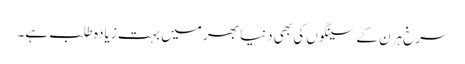
سرخ ہرن کے سینگوں کی بھی دنیا بھر میں بہت زیادہ طلب ہے۔